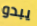
يبدو